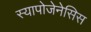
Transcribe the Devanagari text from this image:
स्यापोजेनेसिस